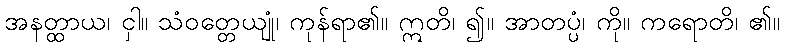
အနတ္ထာယ၊ ငှါ။ သံဝတ္တေယျုံ၊ ကုန်ရာ၏။ ဣတိ၊ ၍။ အာတပ္ပံ၊ ကို။ ကရောတိ၊ ၏။